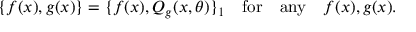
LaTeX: \{ f ( x ) , g ( x ) \} = \{ f ( x ) , Q _ { g } ( x , \theta ) \} _ { 1 } \quad \mathrm { f o r } \quad \mathrm { a n y } \quad f ( x ) , g ( x ) .